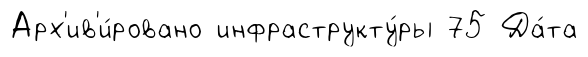
Арх'ив'и́ровано инфраструкту́ры 75 Да́та